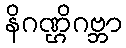
နိဂဏ္ဌိဂဗ္ဘာ